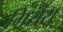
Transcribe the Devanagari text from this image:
गिरौरा